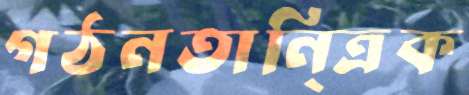
গঠনতানি্ত্রক